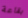
بقاعة